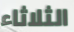
الثلاثاء